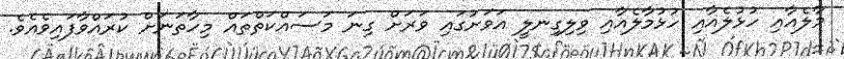
މާލެއާއި ހުޅުލެއާއި ހުޅުމާލެއާއި ވިލިގިނލީ އަވަށުގައި ވަރަށް ގިނަ މަސައްކަތްތައް މިހާތަނަށް ކުރައްވާފައިވެއެވެ.